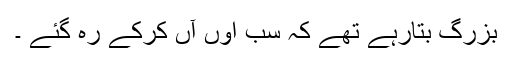
بزرگ بتارہے تھے کہ سب اوں آں کرکے رہ گئے ۔